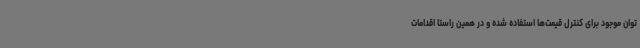
توان موجود برای کنترل قیمت‌ها استفاده شده و در همین راستا اقدامات